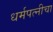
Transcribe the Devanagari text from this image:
धर्मपत्‍नीचा